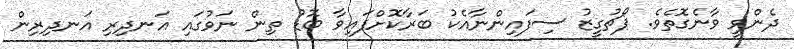
ދެންވީ ވާނެގޮތެވެ. ޕޯޗުގީޒު ސިފައިންނާއެކު ބަރާކޮށްފައިވާ ބޮޑު ތިން ނަވުގައި އަނދިރި އަނދިރިން